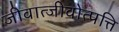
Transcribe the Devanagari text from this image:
जीवात्जीवोत्पत्ति